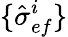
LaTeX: \{ \hat{\sigma}_{ef}^{i}\}